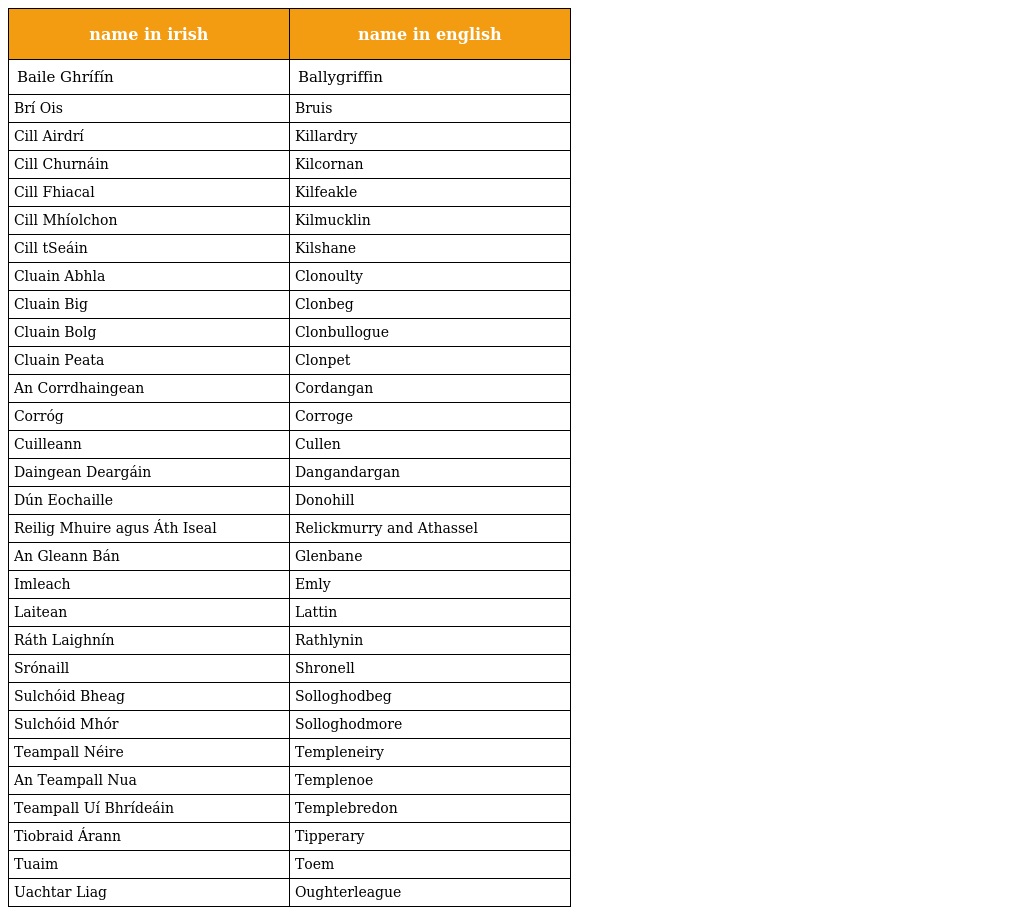
| name in irish | name in english |
 | --- | --- |
 | Baile Ghrífín | Ballygriffin |
 | Brí Ois | Bruis |
 | Cill Airdrí | Killardry |
 | Cill Churnáin | Kilcornan |
 | Cill Fhiacal | Kilfeakle |
 | Cill Mhíolchon | Kilmucklin |
 | Cill tSeáin | Kilshane |
 | Cluain Abhla | Clonoulty |
 | Cluain Big | Clonbeg |
 | Cluain Bolg | Clonbullogue |
 | Cluain Peata | Clonpet |
 | An Corrdhaingean | Cordangan |
 | Corróg | Corroge |
 | Cuilleann | Cullen |
 | Daingean Deargáin | Dangandargan |
 | Dún Eochaille | Donohill |
 | Reilig Mhuire agus Áth Iseal | Relickmurry and Athassel |
 | An Gleann Bán | Glenbane |
 | Imleach | Emly |
 | Laitean | Lattin |
 | Ráth Laighnín | Rathlynin |
 | Srónaill | Shronell |
 | Sulchóid Bheag | Solloghodbeg |
 | Sulchóid Mhór | Solloghodmore |
 | Teampall Néire | Templeneiry |
 | An Teampall Nua | Templenoe |
 | Teampall Uí Bhrídeáin | Templebredon |
 | Tiobraid Árann | Tipperary |
 | Tuaim | Toem |
 | Uachtar Liag | Oughterleague |